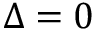
\Delta = 0